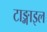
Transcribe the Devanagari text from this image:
टाङ्गाइल